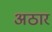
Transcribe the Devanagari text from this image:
अठार